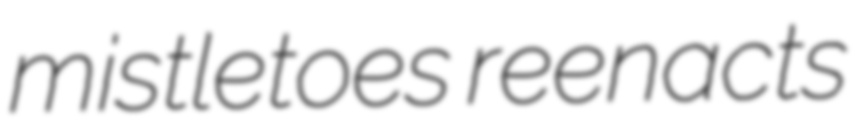
mistletoes reenacts